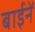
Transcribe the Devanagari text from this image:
बाईनें